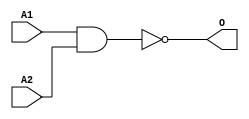
module JNAND2B(A1, A2, O);
input   A1;
input   A2;
output  O;
nand g0(O, A1, A2);
endmodule